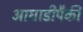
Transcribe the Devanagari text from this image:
आघाडीपैकी